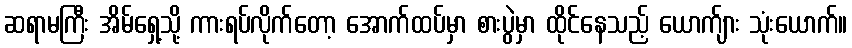
ဆရာမကြီး အိမ်ရှေ့သို့ ကားရပ်လိုက်တော့ အောက်ထပ်မှာ စားပွဲမှာ ထိုင်နေသည့် ယောက်ျား သုံးယောက်။